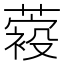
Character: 𦽛